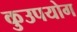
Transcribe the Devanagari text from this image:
कुउपयोग